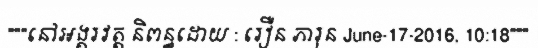
"""នៅអង្គរវត្ត និពន្ធដោយ : រឿន ភារុន June-17-2016, 10:18"""